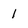
Character: I